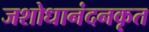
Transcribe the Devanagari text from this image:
जशोधानंदनकृत